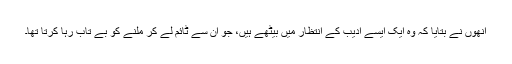
اُنھوں نے بتایا کہ وہ ایک ایسے ادیب کے انتظار میں بیٹھے ہیں، جو اُن سے ٹائم لے کر ملنے کو بے تاب رہا کرتا تھا۔